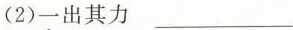
(2)一出其力___